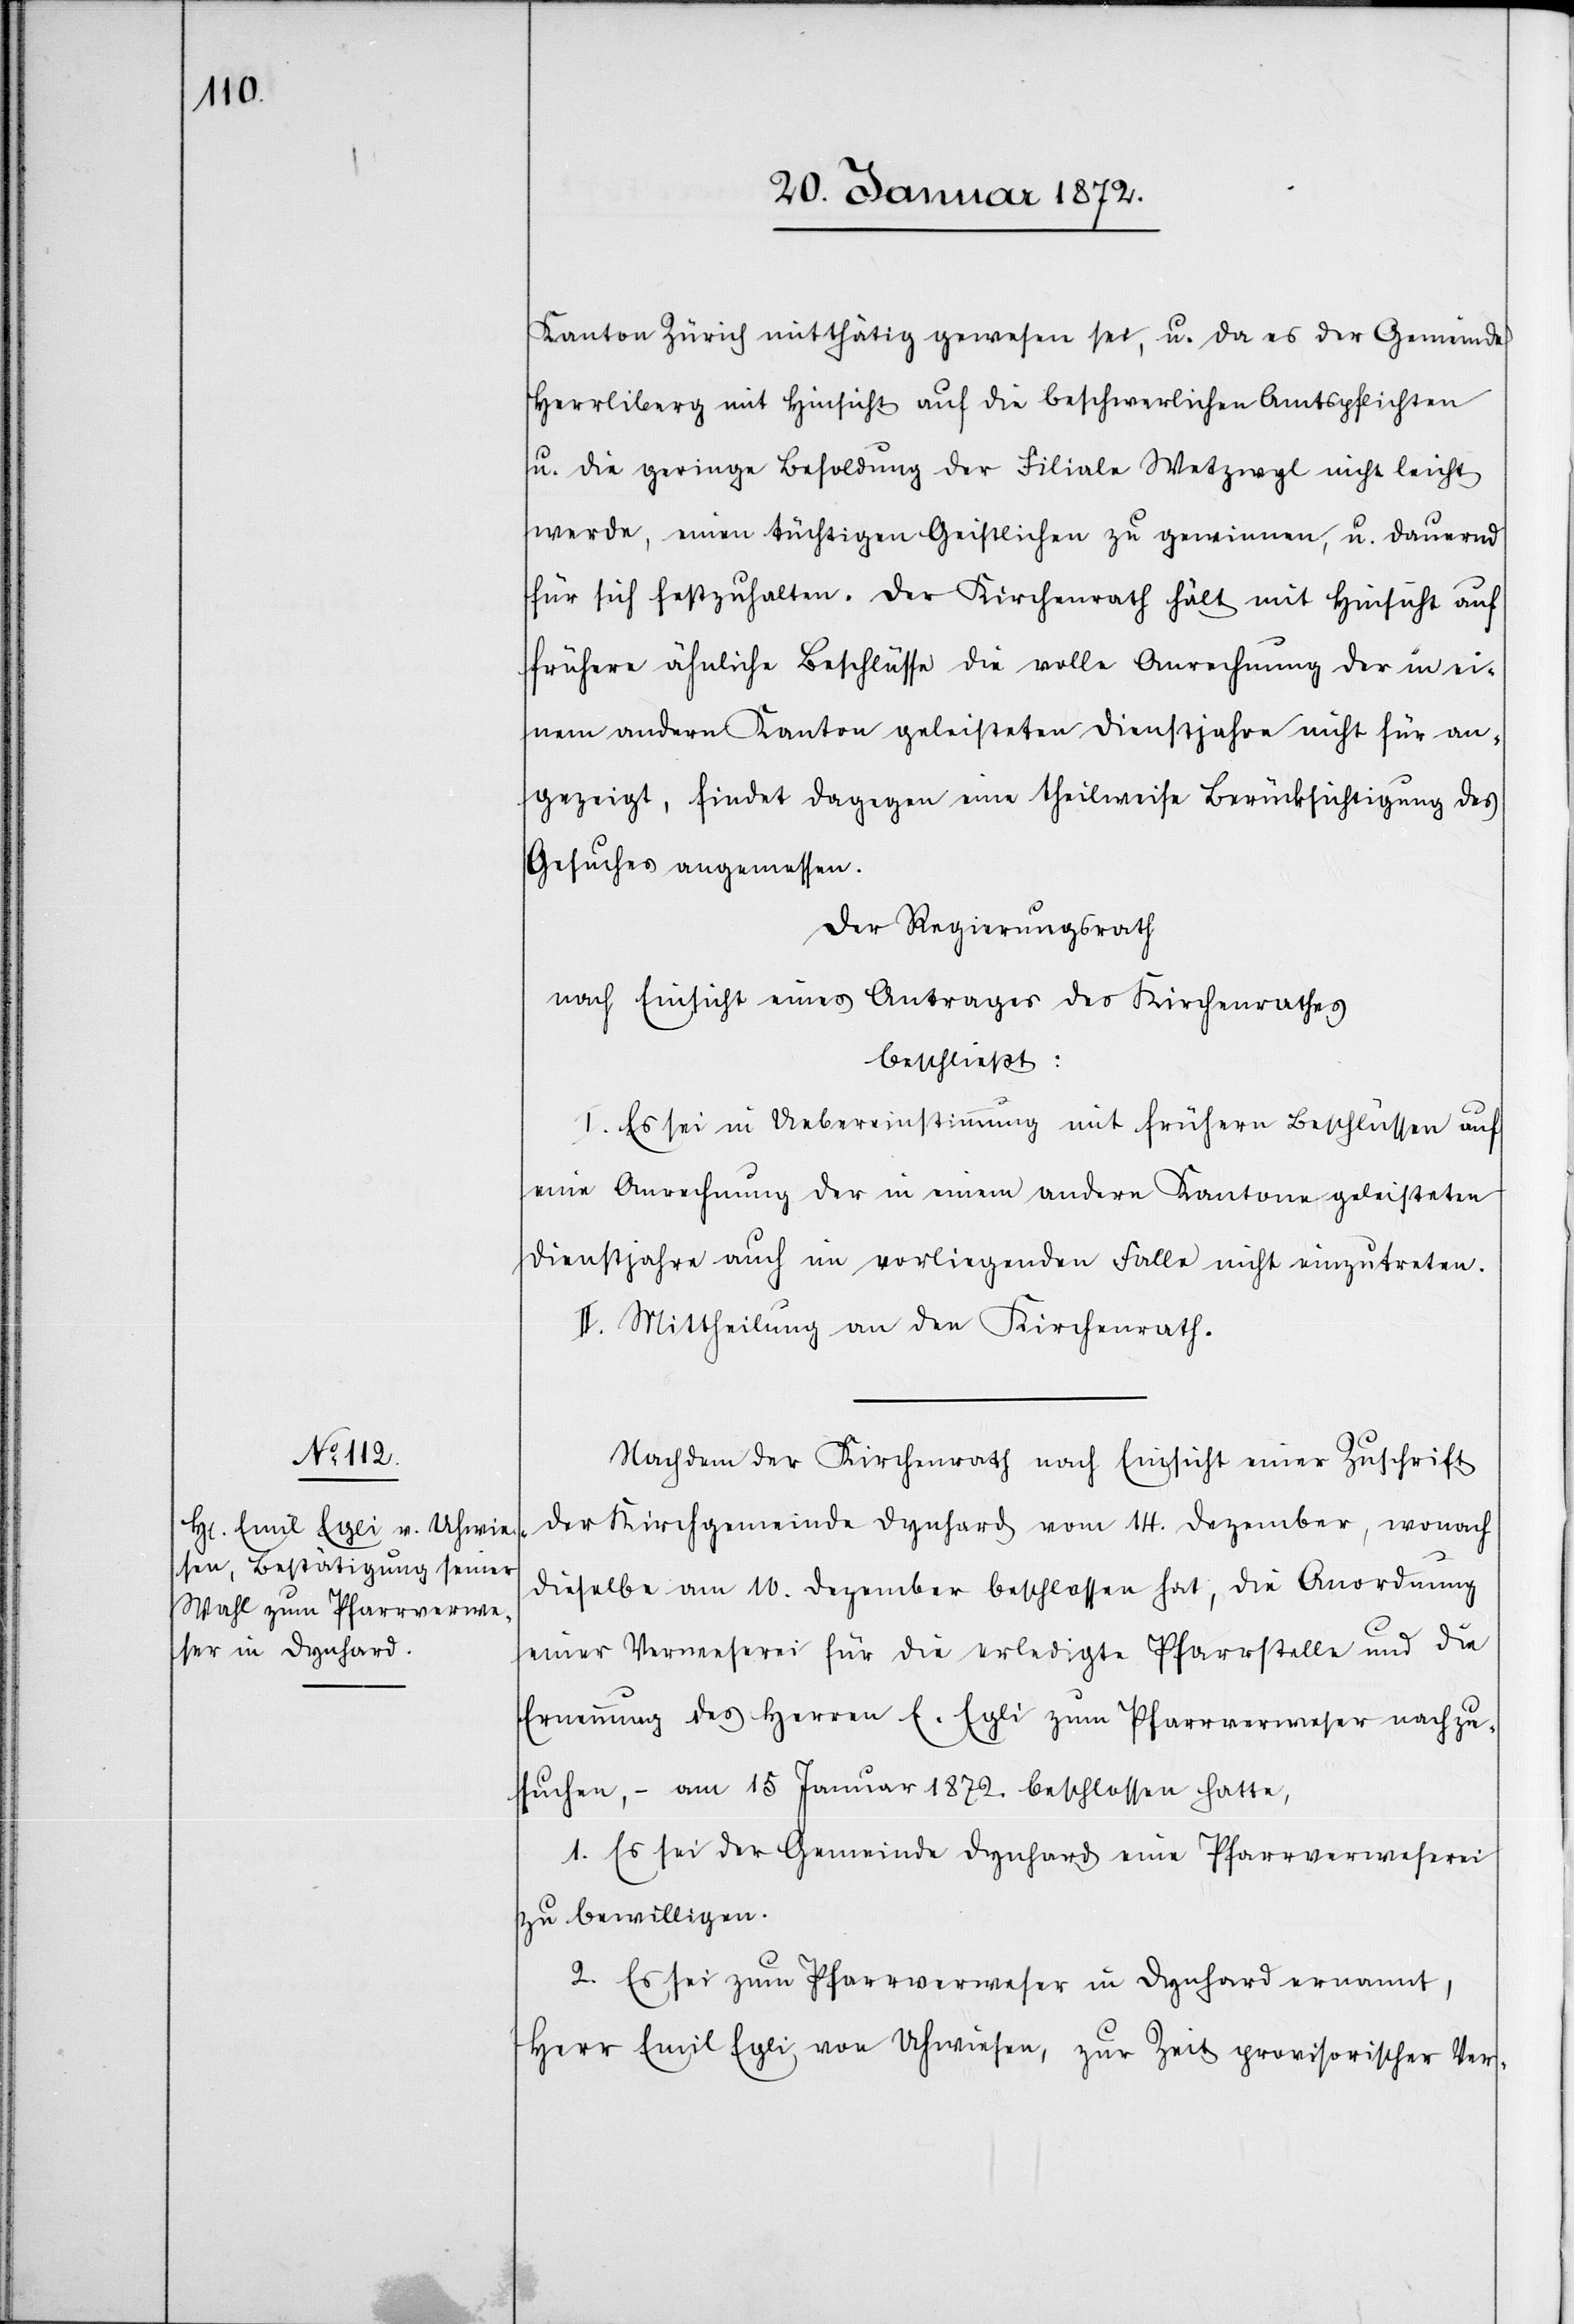
Kanton Zürich mitthätig gewesen sei, u. da es der Gemeinde
Herrliberg mit Hinsicht auf die beschwerlichen Amtspflichten
u. die geringe Besoldung der Filiale Wetzwyl nicht leicht
werde, einen tüchtigen Geistlichen zu gewinnen, u. dauernd
für sich festzuhalten. Der Kirchenrath hält mit Hinsicht auf
frühere ähnliche Beschlüsse die volle Anrechnung der in ei¬
nem andern Kanton geleisteten Dienstjahren nicht für an¬
gezeigt, findet dagegen eine theilweise Berücksichtigung des
Gesuches angemessen.
Der Regierungsrath
nach Einsicht eines Antrages des Kirchenrathes
beschließt:
I. Es sei in Uebereinstimmung mit frühern Beschlüssen auf
eine Anrechnung der in einem andern Kantone geleisteten
Dienstjahre auch im vorliegenden Falle nicht einzutreten.
II. Mittheilung an den Kirchenrath.
Nachdem der Kirchenrath nach Einsicht einer Zuschrift
der Kirchgemeinde Dynhard vom 14. Dezember, wonach
dieselbe am 10. Dezember beschlossen hat, die Anordnung
einer Verweserei für die erledigte Pfarrstelle und die
Ernennung des Herren E. Egli zum Pfarrverweser nachzu¬
suchen, – am 15 Januar 1872. beschlossen hatte,
1. Es sei der Gemeinde Dynhard eine Pfarrverweserei
zu bewilligen.
2. Es sei zum Pfarrverweser in Dynhard ernannt,
Herr Emil Egli von Uhwiesen, zur Zeit provisorischer Ver-